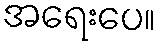
အရေးပေ။